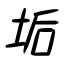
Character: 垢